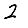
Digit: 2